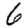
Digit: 6